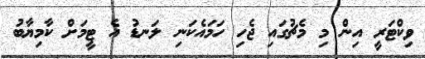
ވިކްޓަރީ އިން މި މެޗުގައި ޖެހި ހަމައެކަނި ލަނޑު އެ ޓީމަށް ކާމިޔާބު